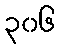
၃၀၆